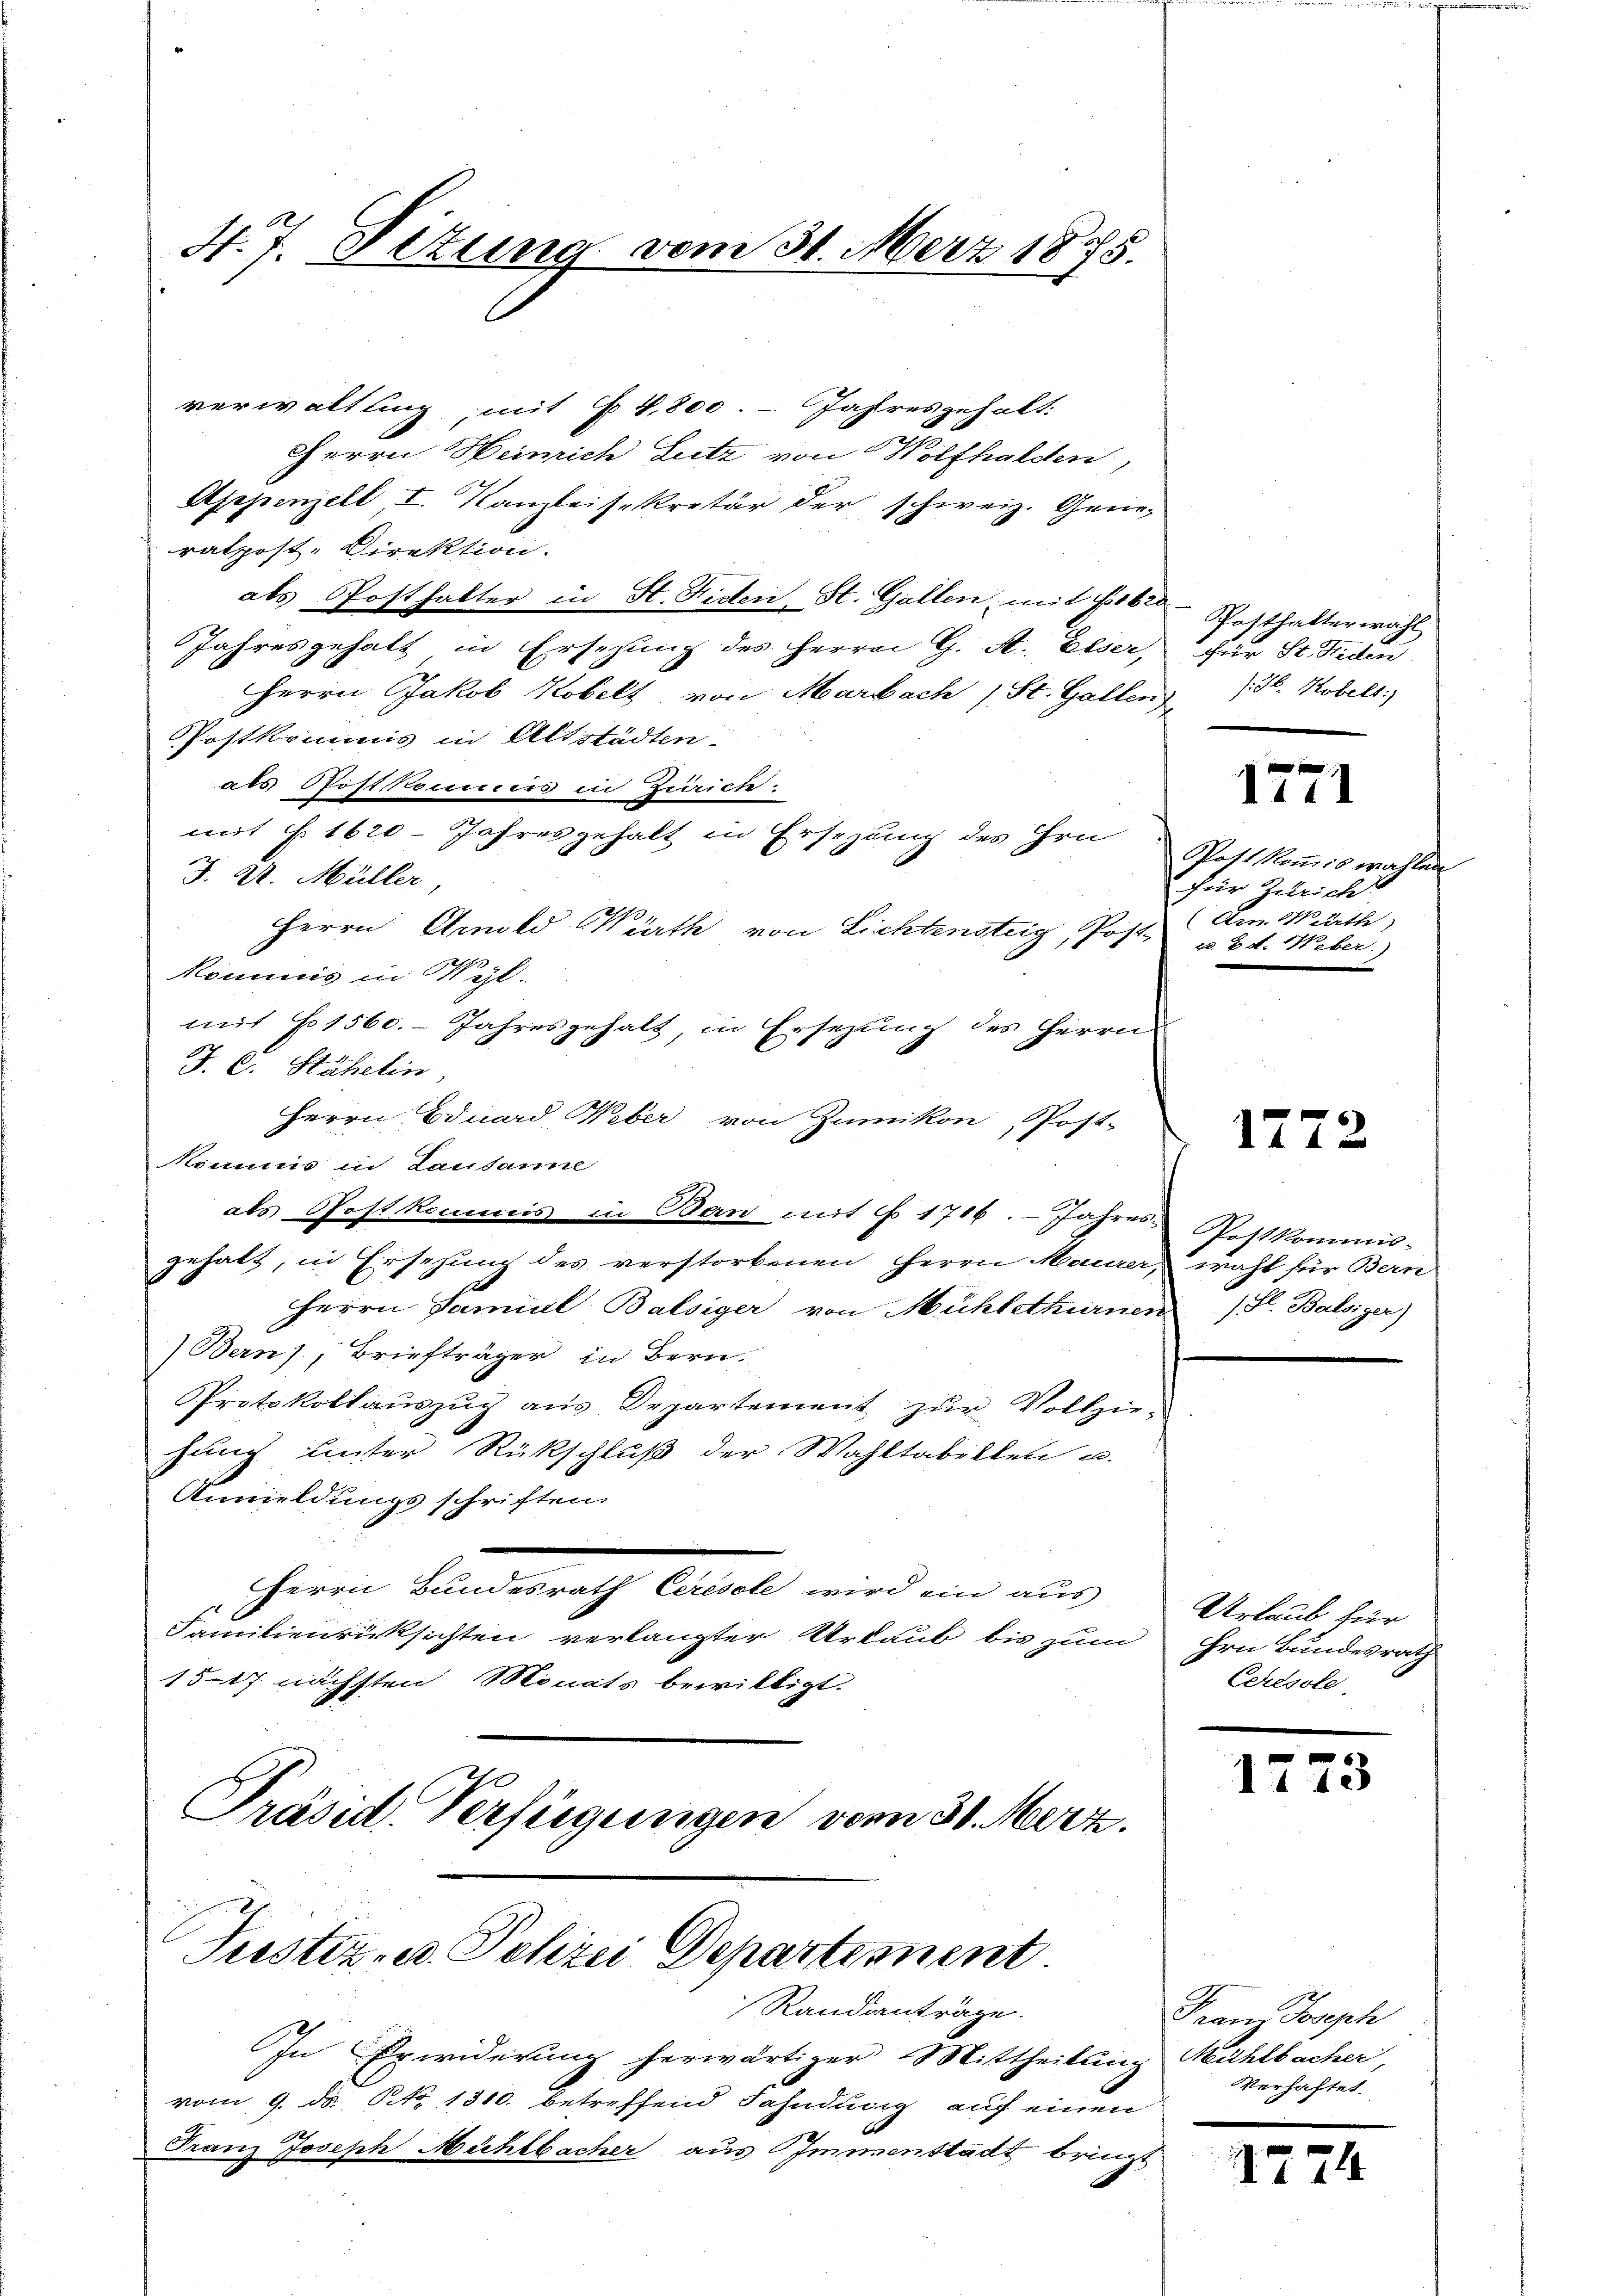
H. 7. Setung vom 31. März 1875.

verwaltling, mit § 4800. - Jahresgehalt.
Herrn Heinrich Lutz von Wolfhalden,
Asepenzell I. Kanzleisekretär der schweiz. Generatpost- Direktion.
als Posthalter in St. Fiden St. Gallen, mit 756 Posthalterwahl
Jahresgehalt in Ersetzung des Herren G. A. Elser,
Herrn Jakob Kobelt, von Marbach 1 St. Gallen
PPostkommis in Altstädten.
aus Postkammens in Turicte.
mit § 1620 Jahresgehalt in Ersezung des Hrn
J. A. Müller
Herrn Arnold Wirth von Lichtensteig Post
kommis in Wyl.
mit No. 1560. Jahresgehalt, in Ersezung des Herrn
J. C. Stähelin,
Herrn Eduard Weber von Zumikon, Post-
kommis in Lausanne
als Postkommis in Bern mit § 1716. Jahres
gehalt, in Ersehung des verstorbenen Herrn Maurer,
Herrn Famial Balsiger von Mühlethurnen
Bern, Briefträger in Bern.
PProtokollauszug aus Departement zur Vollzie-
hung unter Rückschluß der Wahltabilten u.
Anmeldungsschriften
Herrn Bundesrath Ceresole wird ein aus
Familienrücksichten verlangter Urlaub bis zum
1517 nächsten Monats bewilligt.
Präsid. Verfügungen vom 31. Merz.

Justiz- u. Schrei Departement.
Randanträge.

In Erwiderung herwärtiger Mittheilung
vom 9. ds. No. 1310. betreffend Fahndung auf einen
Franz Joseph Mühlbacher aus Immenstadt bringt

hier St. Seiden
/H. Kobelt:)

1771

Post kommiswahlen
für Züricht
(Am. Marth
a. 2 d. Ueber.)

1772

Postkommis-
wahl für Bern
 Fl. Balsiger)

Urlaub für
Hrn Bundesrath
Ceresole

1

773

Franz Joseph
Mühlbacher
Verhaftet.

1274